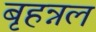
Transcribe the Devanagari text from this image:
बृहन्नल